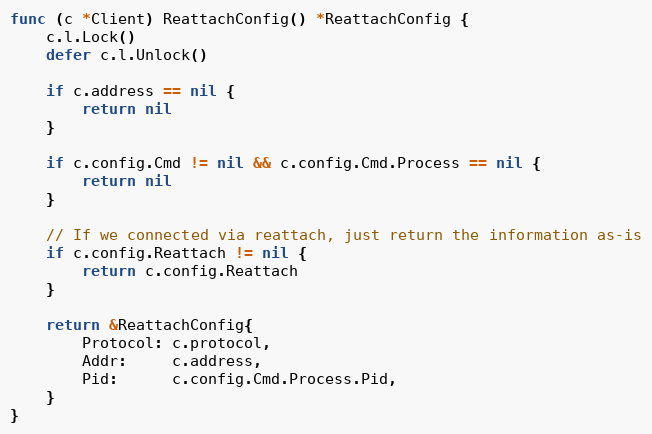
Language: Go
func (c *Client) ReattachConfig() *ReattachConfig {
	c.l.Lock()
	defer c.l.Unlock()

	if c.address == nil {
		return nil
	}

	if c.config.Cmd != nil && c.config.Cmd.Process == nil {
		return nil
	}

	// If we connected via reattach, just return the information as-is
	if c.config.Reattach != nil {
		return c.config.Reattach
	}

	return &ReattachConfig{
		Protocol: c.protocol,
		Addr:     c.address,
		Pid:      c.config.Cmd.Process.Pid,
	}
}